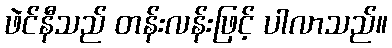
ဖဲင်နီသည် တန်းလန်းဖြင့် ပါလာသည်။